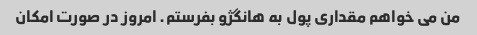
من می خواهم مقداری پول به هانگژو بفرستم. امروز در صورت امکان